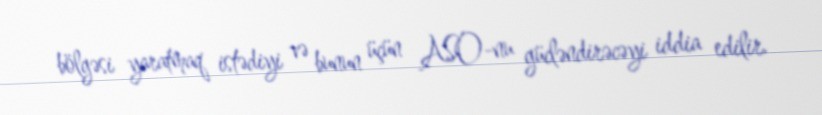
bölgəsi yaratmaq istədiyi və bunun üçün ASO-nu gücləndirəcəyi iddia edilir.